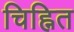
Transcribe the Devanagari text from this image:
चिह्नित